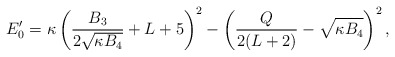
\begin{align*} E'_0 = \kappa \left(\frac{B_3}{2\sqrt{\kappa B_4}} + L +5\right)^2 - \left(\frac{Q}{2(L+2)} - \sqrt{\kappa B_4}\right)^2,\end{align*}